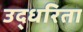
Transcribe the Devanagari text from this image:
उद्धरिता